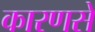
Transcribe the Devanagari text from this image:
कारणसे